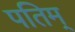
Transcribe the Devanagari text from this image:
पतिम्